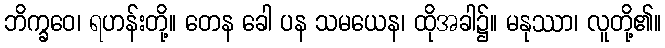
ဘိက္ခဝေ၊ ရဟန်းတို့။ တေန ခေါ ပန သမယေန၊ ထိုအခါ၌။ မနုဿာ၊ လူတို့၏။